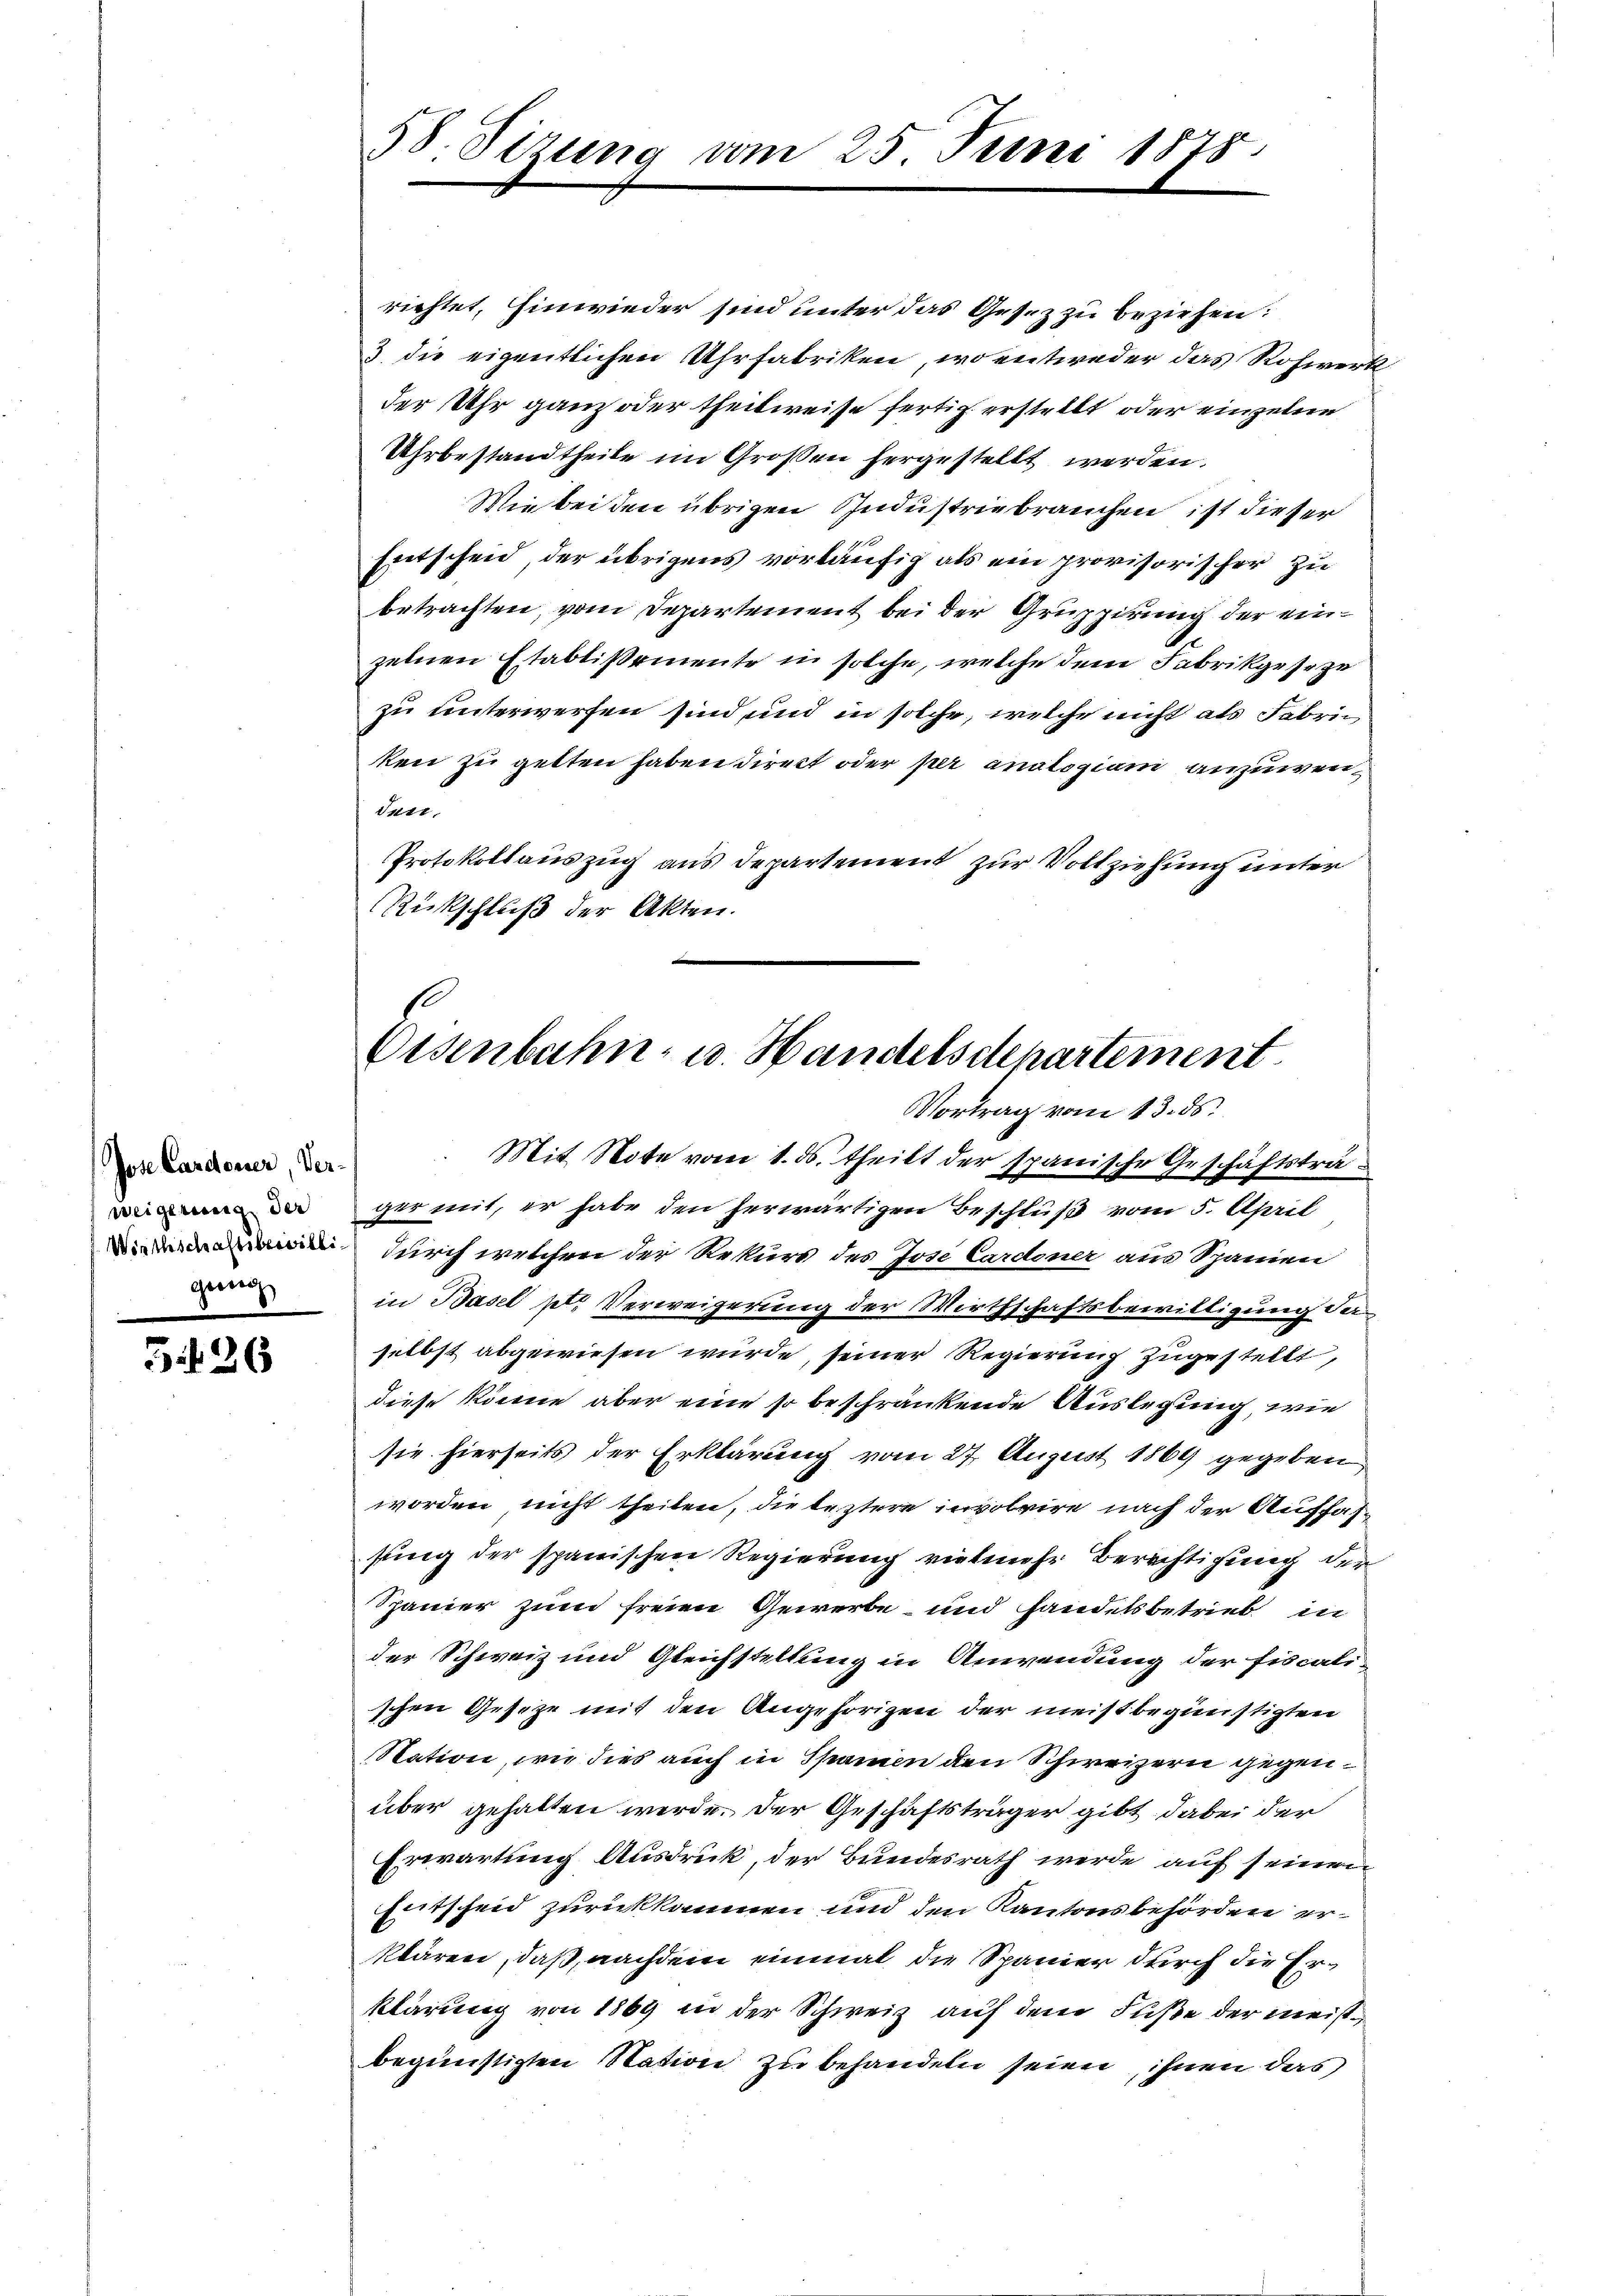
Jose Cardoner, Verweigerung der
Wirthschaftsbewilli
genug

5.126

58. Setzung vom 25. Juni 1875.

richtet, hinwieder sind unter das Gesez zu beziehen:
3. die eigentlichen Uhrfabriken, wo entweder das Rohwerk
der Sehr ganz oder theilweise fertig erstellt oder einzelne
Uhrbestandtheile im Großen hergestellt werden.
Wie bei den übrigen Industrie brauchen ist dieser
Entscheid, der übrigens vorläufig als ein provisorischer zu
betrachten, vom Departement bei der Gruppirung der einzelnen Etablißemente in solche, welche dem Fabrikgeseze
zu unterwerfen sind und in solche, welche nicht als Fabric
ken zu gelten haben direkt oder per analogiam anzuwen¬
Tart.
Protokollauszug aus Departement zur Vollziehung unter
Rückschluß der Akten.

Eisenbahn- u. Handelsdepartement
Vortrag vom 13. ds.

Mit Note vom 1. ds. theilt der spanische Geschäftsträger mit, er habe den herwärtigen Beschluß vom 5. April
durch welchen der Rekurs des Josi Cardener aus Spanien
in Basel ptr. Verweigerung der Wirthschaftsbewilligung derselbst abgewiesen wurde, seiner Regierung zugestellt,
diese könne aber eine so beschränkende Auslegung, wie
sie hierseits der Erklärung vom 27. August 1864 gegeben
worden nicht theilen, die leztere involvire nach der Auffassung der spanischen Regierung vielmehr Berechtigung der
Spanier zum freien Gewerbe und Handelsbetrieb in
der Schweiz und Gleichstellung in Anwendung der Fiscalischen Gesetze mit den Angehörigen der meistbegünstigten
Station, wie dies auch in Spanien den Schweizern gegenüber gehalten werde. Der Geschäftsträger gibt dabei der
Erwartung Ausdruck, der Bundesrath werde auf seinen
hitscheid zurückkommen und den Kantonsbehörden erklären, daß, nachdem einmal die Spanier durch die Erklärung von 1869 in der Schweiz auf dem Fuße der meist
begünstigten Station zu behandeln seien, ihnen das